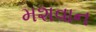
મશવાન